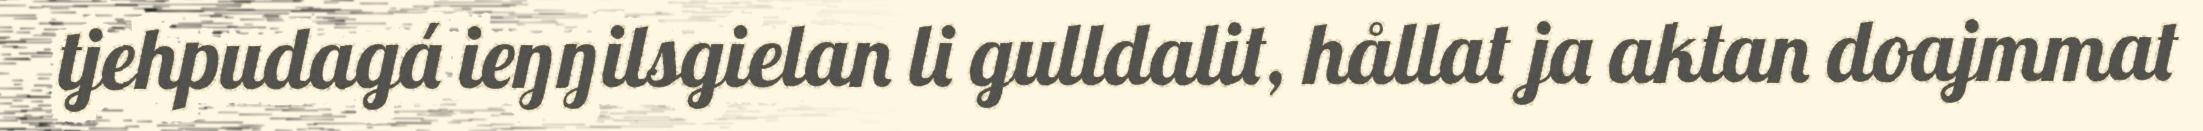
tjehpudagá ieŋŋilsgielan li gulldalit, hållat ja aktan doajmmat